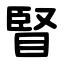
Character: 䁂